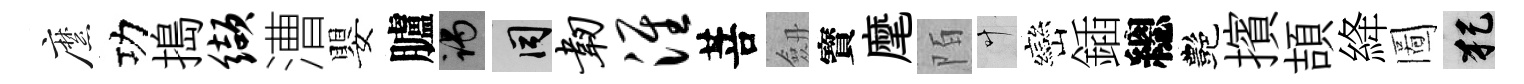
縻功搗缬漕嬰臚谒间韧淮菩劔寳麾陌叶巒鍤總艷擯頡絳圖犯